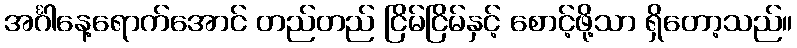
အင်္ဂါနေ့ရောက်အောင် တည်တည် ငြိမ်ငြိမ်နှင့် စောင့်ဖို့သာ ရှိတော့သည်။